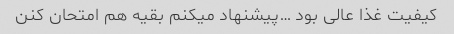
کیفیت غذا عالی بود …پیشنهاد میکنم بقیه هم امتحان کنن